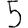
Digit: 5